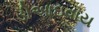
ડીઆઇવાય